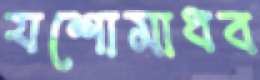
যশোমাধব